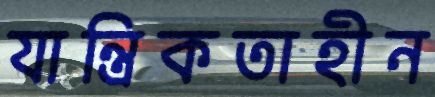
যান্ত্রিকতাহীন